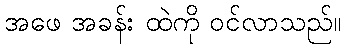
အဖေ အခန်း ထဲကို ဝင်လာသည်။